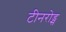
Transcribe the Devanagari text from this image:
टीनरोड्स